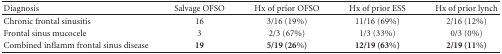
<table><thead><tr><td><b>Diagnosis</b></td><td><b>Salvage OFSO</b></td><td><b>Hx of prior OFSO</b></td><td><b>Hx of prior ESS</b></td><td><b>Hx of prior lynch</b></td></tr></thead><tbody><tr><td>Chronic frontal sinusitis</td><td>16</td><td>3/16 (19%)</td><td>11/16 (69%)</td><td>2/16 (12%)</td></tr><tr><td>Frontal sinus mucocele</td><td>3</td><td>2/3 (67%)</td><td>1/3 (33%)</td><td>0/3 (0%)</td></tr><tr><td>Combined inflamm frontal sinus disease</td><td><b>19</b></td><td><b>5/19 (26%)</b></td><td><b>12/19 (63%)</b></td><td><b>2/19 (11%)</b></td></tr></tbody></table>